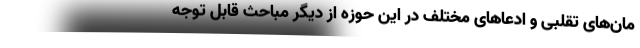
مان‌های تقلبی و ادعاهای مختلف در این حوزه از دیگر مباحث قابل توجه